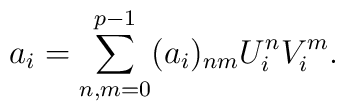
a_{i}=\sum_{n,m=0}^{p-1}(a_{i})_{nm}U_{i}^{n}V_{i}^{m}.